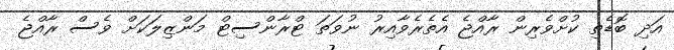
އަދި ބޮޑެތި ކުށްވެރިން ރާއްޖެ އެތެރެވާއިރު ނުވަތަ ޓްރާންސިޓް މަންޒިލަކަށް ވެސް ރާއްޖެ